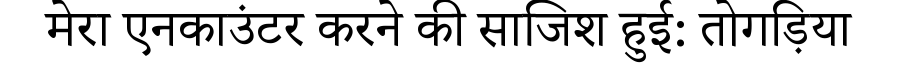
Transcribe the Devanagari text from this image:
मेरा एनकाउंटर करने की साजिश हुई: तोगड़िया